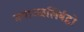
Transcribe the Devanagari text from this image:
मयाञ्जलिर्बद्धो